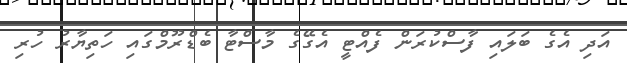
އަދި އެގެ ބަލައި ފާސްކުރަން ފެއްޓީ އެގޭގެ މާސްޓާ ބެޑްރޫމްގައި ހަތިޔާރު ހުރި